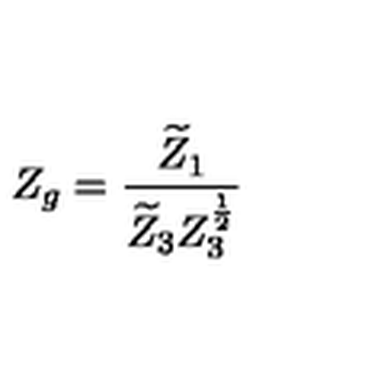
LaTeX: Z _ { g } = \frac { \widetilde { Z } _ { 1 } } { \widetilde { Z } _ { 3 } Z _ { 3 } ^ { \frac 1 2 } }